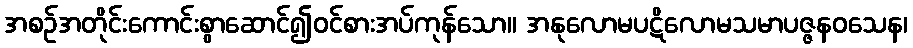
အစဉ်အတိုင်းကောင်းစွာဆောင်၍ဝင်စားအပ်ကုန်သော။ အနုလောမပဋိလောမသမာပဇ္ဇနဝသေန၊